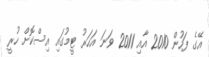
އޭގެ ފަހުން 2010 އާއި 2011 ވަނަ އަހަރު ޓީމުގައި އިސްކޮށް ހުރީ